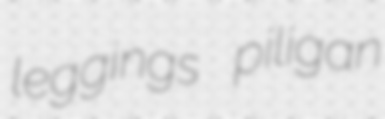
leggings piligan